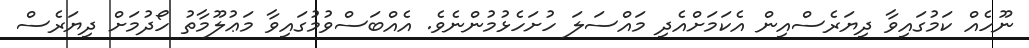
ނޫހެއް ކަމުގައިވާ ދިޔަރެސްއިން އެކަމަށްއެދި މައްސަލަ ހުށަހެޅުމުންނެވެ. އެއްބަސްވުމުގައިވާ މަޢުލޫމާތު ހޯދުމަށް ދިޔަރެސް